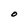
Character: O